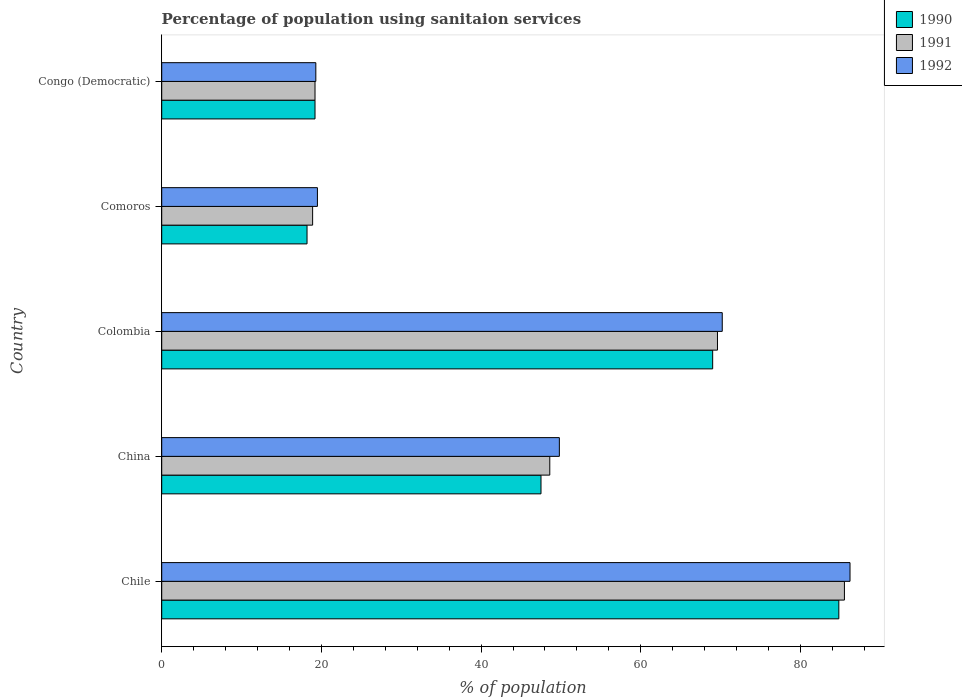
| Country | 1990 | 1991 | 1992 |
 | --- | --- | --- | --- |
 | Chile | 84.8 | 85.5 | 86.2 |
 | China | 47.5 | 48.6 | 49.8 |
 | Colombia | 69 | 69.6 | 70.2 |
 | Comoros | 18.2 | 18.9 | 19.5 |
 | Congo (Democratic) | 19.2 | 19.2 | 19.3 |